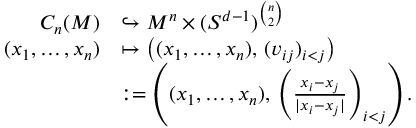
\begin{array} { r l } { C _ { n } ( M ) } & { \hookrightarrow M ^ { n } \times ( S ^ { d - 1 } ) ^ { \binom { n } { 2 } } } \\ { ( x _ { 1 } , \dots , x _ { n } ) } & { \mapsto \bigl ( ( x _ { 1 } , \dots , x _ { n } ) , \, ( v _ { i j } ) _ { i < j } \bigr ) } \\ & { : = \left( ( x _ { 1 } , \dots , x _ { n } ) , \, \left( \frac { x _ { i } - x _ { j } } { | x _ { i } - x _ { j } | } \right) _ { i < j } \right) . } \end{array}